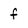
Character: f